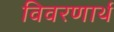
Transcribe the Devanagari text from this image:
विवरणार्थ